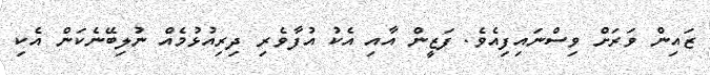
ޒައިން ވަރަށް ވިސްނައިފިއެެވެ. ފަޒީން އާއި އެކު އުފާވެރި ދިރިއުޅުމެއް ނުލިބޭނެކަން އެކި